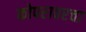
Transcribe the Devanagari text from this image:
कोपरावरचा